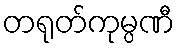
တရုတ်ကုမ္ပဏီ